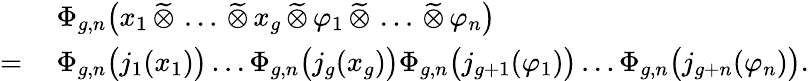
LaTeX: \begin{array}{rl}&{\Phi_{g,n}\bigl(x_{1}\, \widetilde{\otimes}\, \ldots\, \widetilde{\otimes}\, x_{g}\, \widetilde{\otimes}\, \varphi_{1}\, \widetilde{\otimes}\, \ldots\, \widetilde{\otimes}\, \varphi_{n}\bigr)}\\ {=\: }&{\Phi_{g,n}\bigl(j_{1}(x_{1})\bigr)\ldots\Phi_{g,n}\bigl(j_{g}(x_{g})\bigr)\Phi_{g,n}\bigl(j_{g+1}(\varphi_{1})\bigr)\ldots\Phi_{g,n}\bigl(j_{g+n}(\varphi_{n})\bigr).}\end{array}